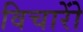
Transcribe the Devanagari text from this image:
विचारोें